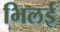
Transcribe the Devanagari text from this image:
भिलई